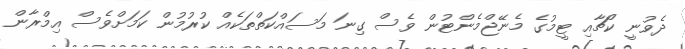
ދެވުނީ ކޯޗާއި ޓީމުގެ މެނޭޖްމެންޓުން ވެސް ގިނަ މަސައްކަތްތަކެއް ކުރުމުން ކަމަށްވެސް އިމްރާން